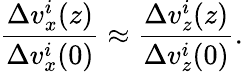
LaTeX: \frac{\Delta v_{x}^{i}(z)}{\Delta v_{x}^{i}(0)}\approx\frac{\Delta v_{z}^{i}(z)}{\Delta v_{z}^{i}(0)}.